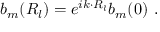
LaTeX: b _ { m } ( { \boldsymbol { R _ { l } } } ) = e ^ { i { \boldsymbol { k \cdot R _ { l } } } } b _ { m } ( { \boldsymbol { 0 } } ) \ .